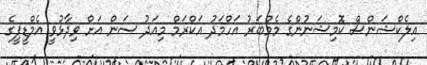
އިލެކްޝަންސް ކޮމިޝަނުންގެ މެމްބަރު އަހްމަދު އަކްރަމް މިއަދު ސަން އަށް ވިދާޅުވީ އެމްޑީޕީގެ